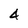
Character: 4